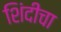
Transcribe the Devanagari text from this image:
शिंदीचा